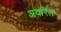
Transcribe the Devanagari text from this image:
अवरित